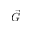
\vec { G }